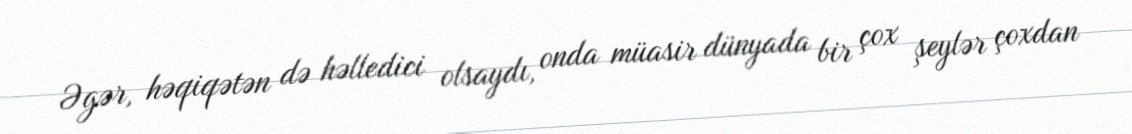
Əgər, həqiqətən də həlledici olsaydı, onda müasir dünyada bir çox şeylər çoxdan